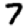
Digit: 7